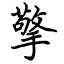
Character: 擎